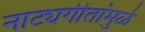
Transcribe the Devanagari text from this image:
नाट्यगीतांमुळे